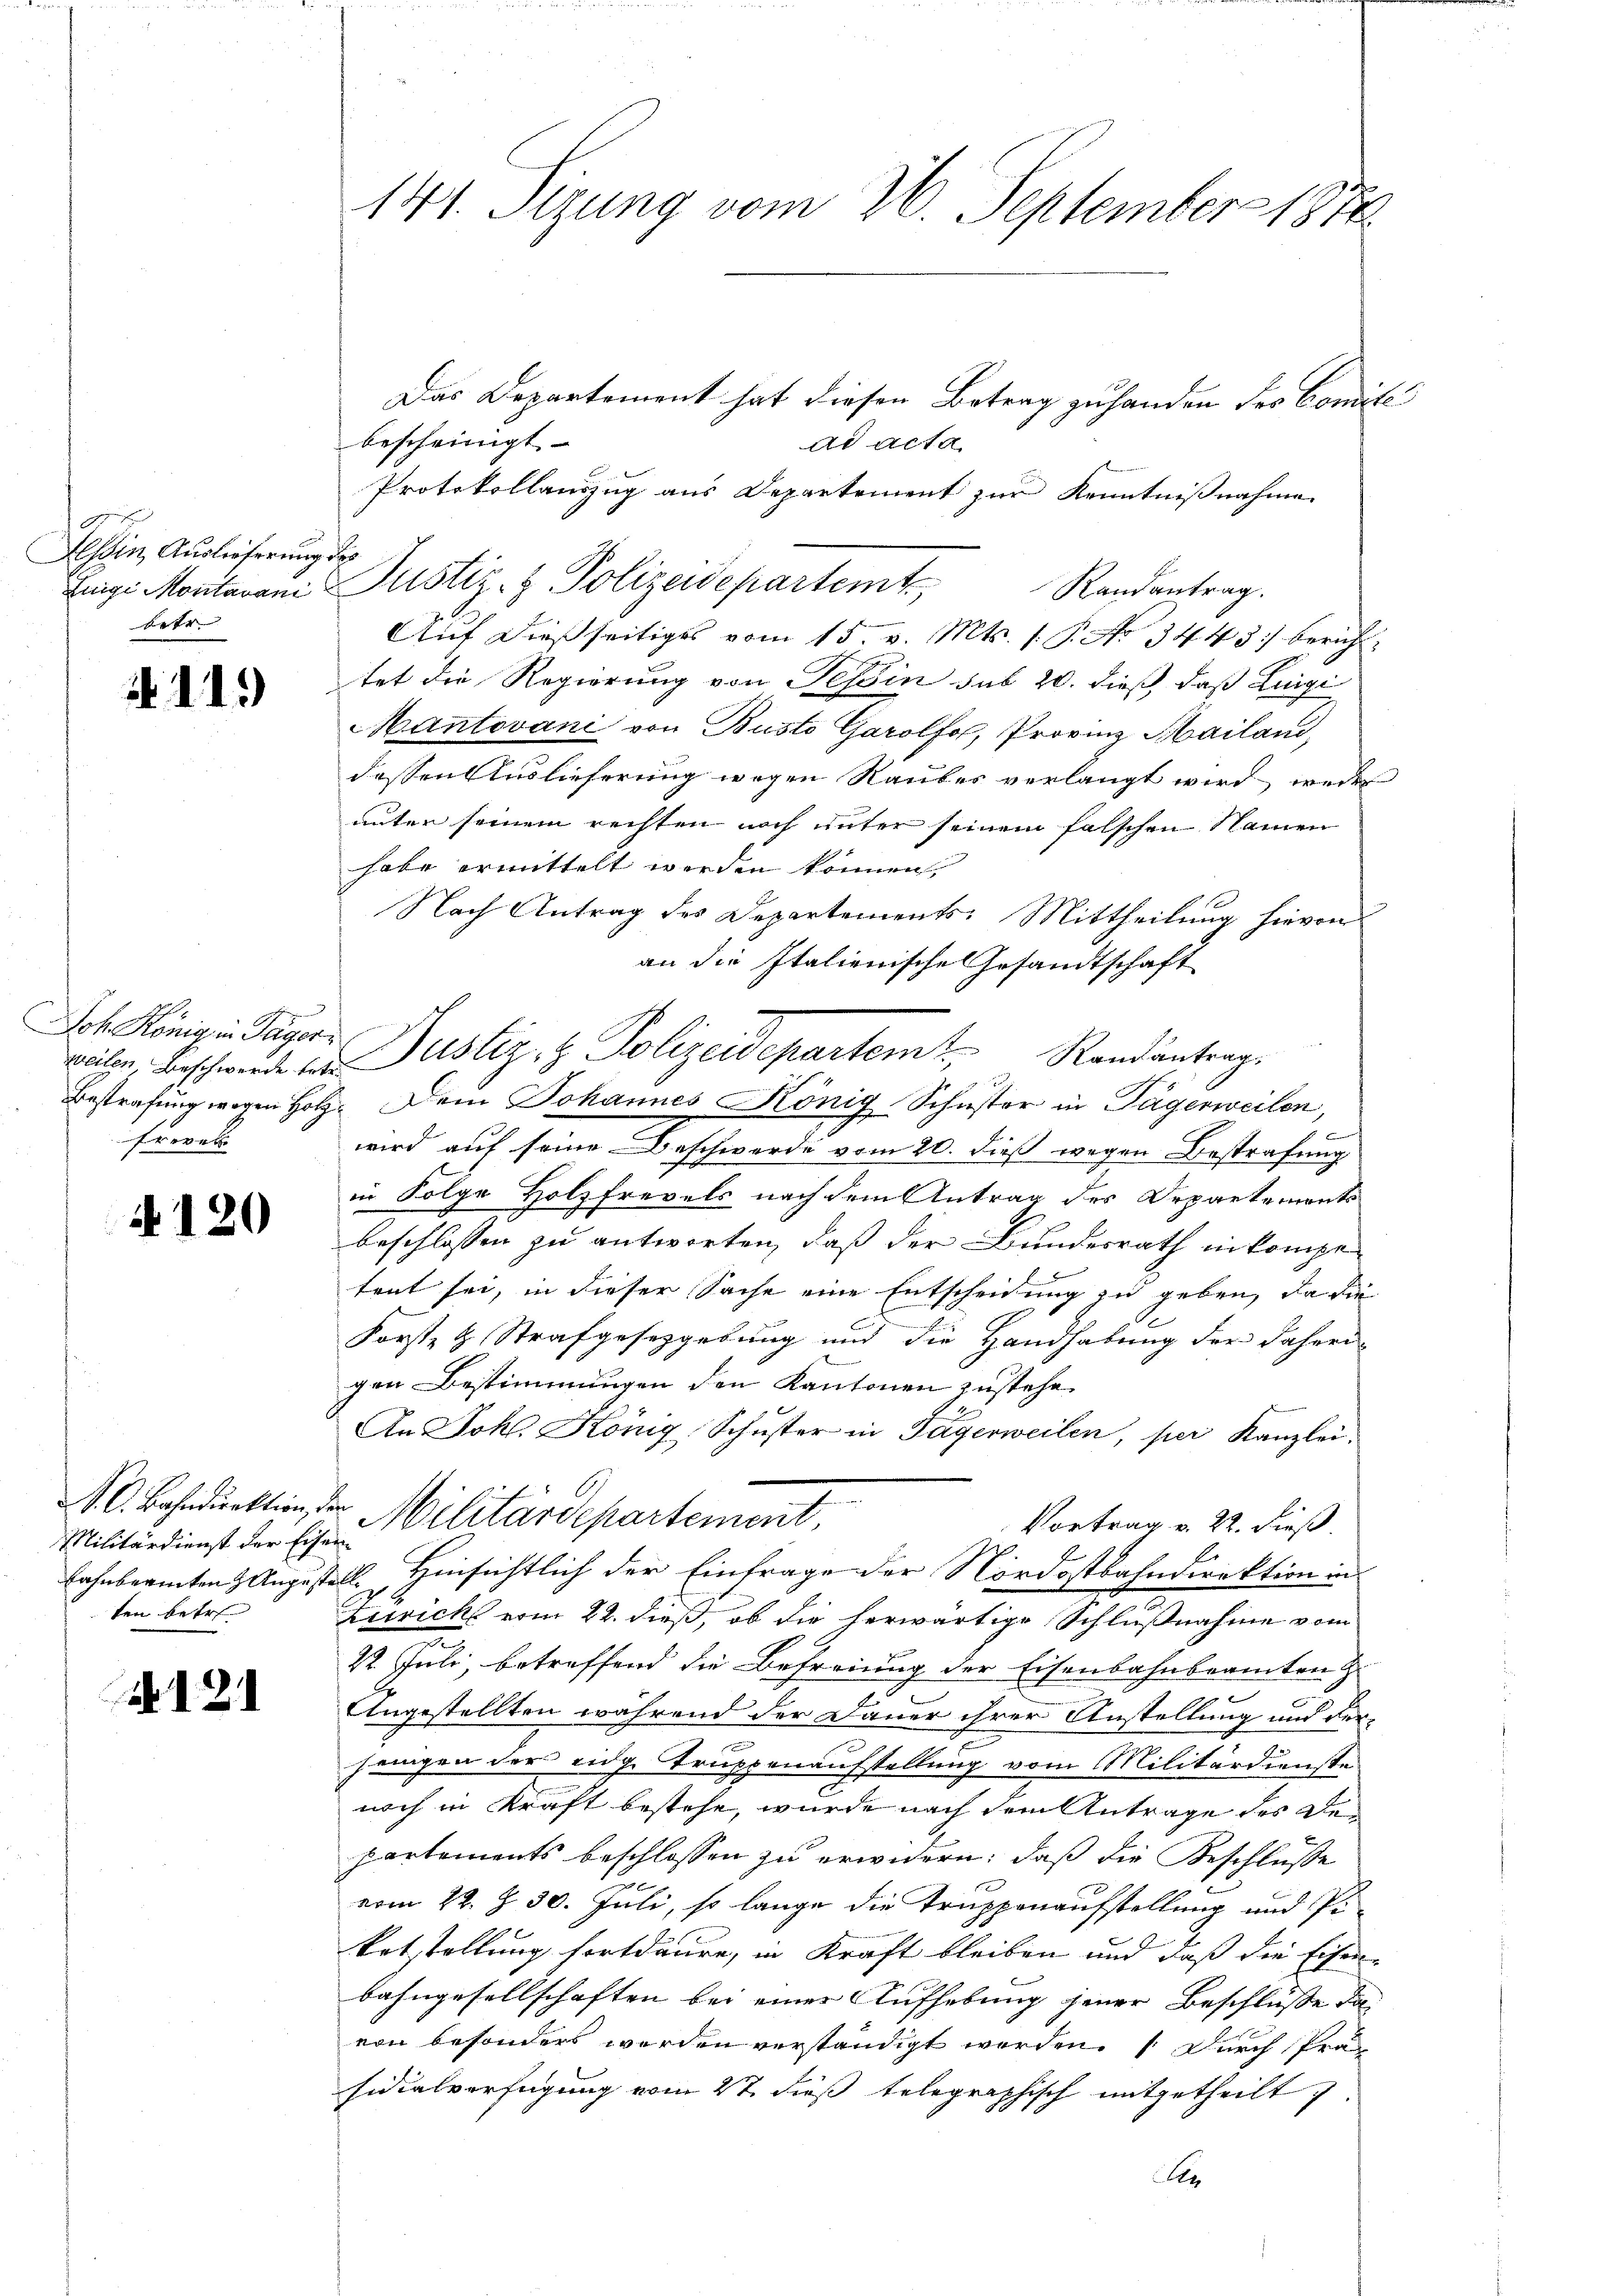
Aessin Auslieferung.
Luigi Montavani
beer |

119)

Joh König in Tager
weilen, Beschwerde betr.
Bestrafung wegen Holz
freven

4120

A. C. Bahndirektion
Militärdienst der Eisen
bahnberinten August
ten betr

121

141. Sizung vom 26. September 1874.

Das Departement hat diesen Betrag zu handen des Conditi
bescheinigt
ad acta
Protokollauszug aus Departement zur Kenntnißnahme
h
Justiz- & Polizeidepartemt
Randantrag.
Auf dießseitiges vom 15. v. Mts. 1. P. No 3443 berichtet die Regierung von Tessin sub 20. dieß, daß Luigi
Mantovani von Busto Garolfo, Provinz Mailand,
dessen Auslieferung wegen Raubes verlangt wird, weder
unter seinem rechten noch unter seinem falschen Namen
habe ermittelt werden können,
Nach Antrag des Departements. Mittheilung hievon
an die Italienische Gesandtschaft
Justiz- & Polizeidepartemt Randantrag
2. Dem Johannes König Schuster in Tägerweilen,
.
wird auf seine Beschwerde vom 20. dieß wegen Bestrafung
ach
in Folge Holzfrevels nach dem Antrag des Departements
beschlossen zu antworten, daß der Bundesrath in kompe
tent sei, in dieser Sache eine Entscheidung zu geben, da die
Forst- & Strafgesetzgebung und die Handhabung der daheri
gen Bestimmungen den Kantonen zustehe.
An Joh. König Schuster in Tägerweilen, per Kanzlei.
 Militärdepartement,
Vortrag v. 22. dieß
fe
v Hinsichtlich der Einfrage der Nordostbahndirektion in
e
Zürich vom 22. dieß, ob die herwärtige Schlußnahme vom
22. Juli, betreffend die Befreiung der Eisenbahnbeamten z
Angestellten während der Dauer ihrer Anstellung und der
jeingen der eidg. Truppenaufstellung vom Militärdienste
noch in Kraft bestehe, wurde nach dem Antrage des Departements beschlossen zu erwidern, daß die Beschlüsse
vom 22. Z. 30. Juli, so lange die Truppenaufstellung und Pikot tellung fortdaure, in Kraft bleiben und daß die Eisenbahngesellschaften bei einer Aufhebung jener Beschlüsse das
von besonders werden verständigt worden. Durch Präsidialverfügung vom 2t dieß telegraphisch mitgetheilt.
r